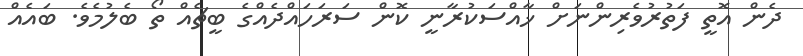
ދެން އޮތީ ފަތުރުވެރިންނަށް ޚާއްސަކުރާނީ ކޮން ސަރަހައްދެއްގެ ބީޗެއް ތޯ ބެލުމެވެ. ބައެއް